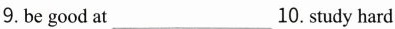
9. be good at___10.Study hard ___